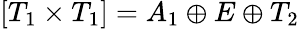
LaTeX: [T_{1}\times T_{1}]=A_{1}\oplus E\oplus T_{2}